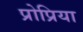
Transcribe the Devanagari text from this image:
प्रोप्रिया